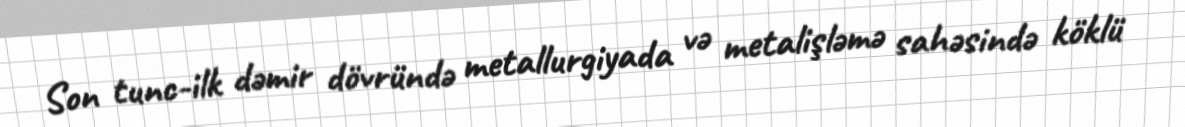
Son tunc-ilk dəmir dövründə metallurgiyada və metalişləmə sahəsində köklü